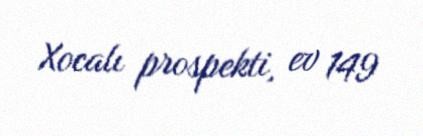
Xocalı prospekti, ev 149